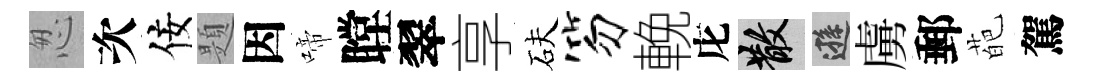
怱次佞題因啼瞠翠享砆笏輓庀散遜虜郵葩駕